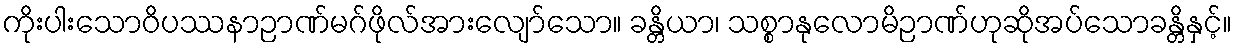
ကိုးပါးသောဝိပဿနာဉာဏ်မဂ်ဖိုလ်အားလျော်သော။ ခန္တိယာ၊ သစ္စာနုလောမိဉာဏ်ဟုဆိုအပ်သောခန္တိနှင့်။